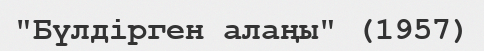
"Бүлдірген алаңы" (1957)